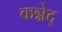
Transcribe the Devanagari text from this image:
कन्नेद्